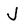
Character: J